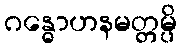
ဂန္ဓောဟနမတ္တမ္ပိ